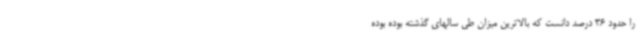
را حدود 36 درصد دانست که بالاترین میزان طی سالهای گذشته بوده بوده